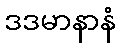
ဒဒမာနာနံ